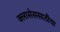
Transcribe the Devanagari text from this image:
क्लासेससाठीचा